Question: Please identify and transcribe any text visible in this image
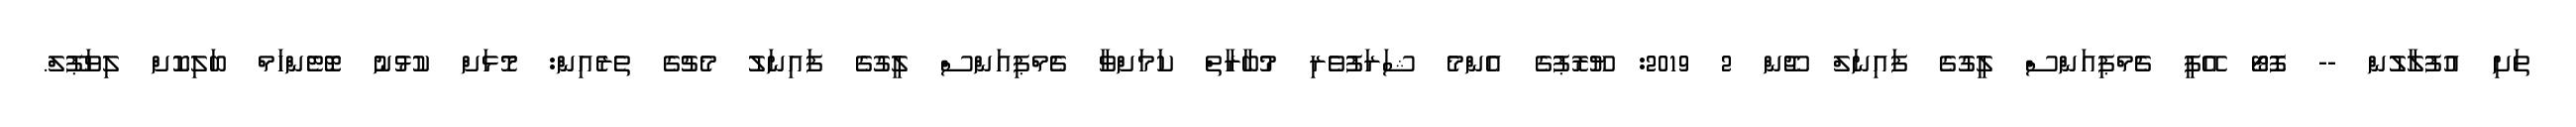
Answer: ތަށި އުފުލާލުން -- ފޮޓޯ އޭޕީ ޗެމްޕިއަންސް ލީގުގެ ފައިނަލް ޖޫން 2 2019: ޔޫރޮޕުގެ އެންމެ ޝަރަފުވެރި މުބާރާތް ކަމަށްވާ ޗެމްޕިއަންސް ލީގުގެ ފައިނަލު މެޗުގެ ތެރެއިން: މޮޅަށް ކުޅުނު ޓޮޓެންހަމް ބަލިކޮށް ލިވަޕޫލް.